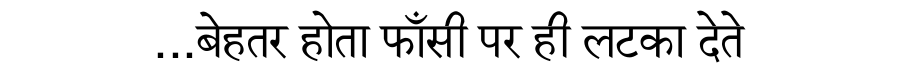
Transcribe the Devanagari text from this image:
...बेहतर होता फाँसी पर ही लटका देते